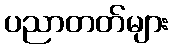
ပညာတတ်များ